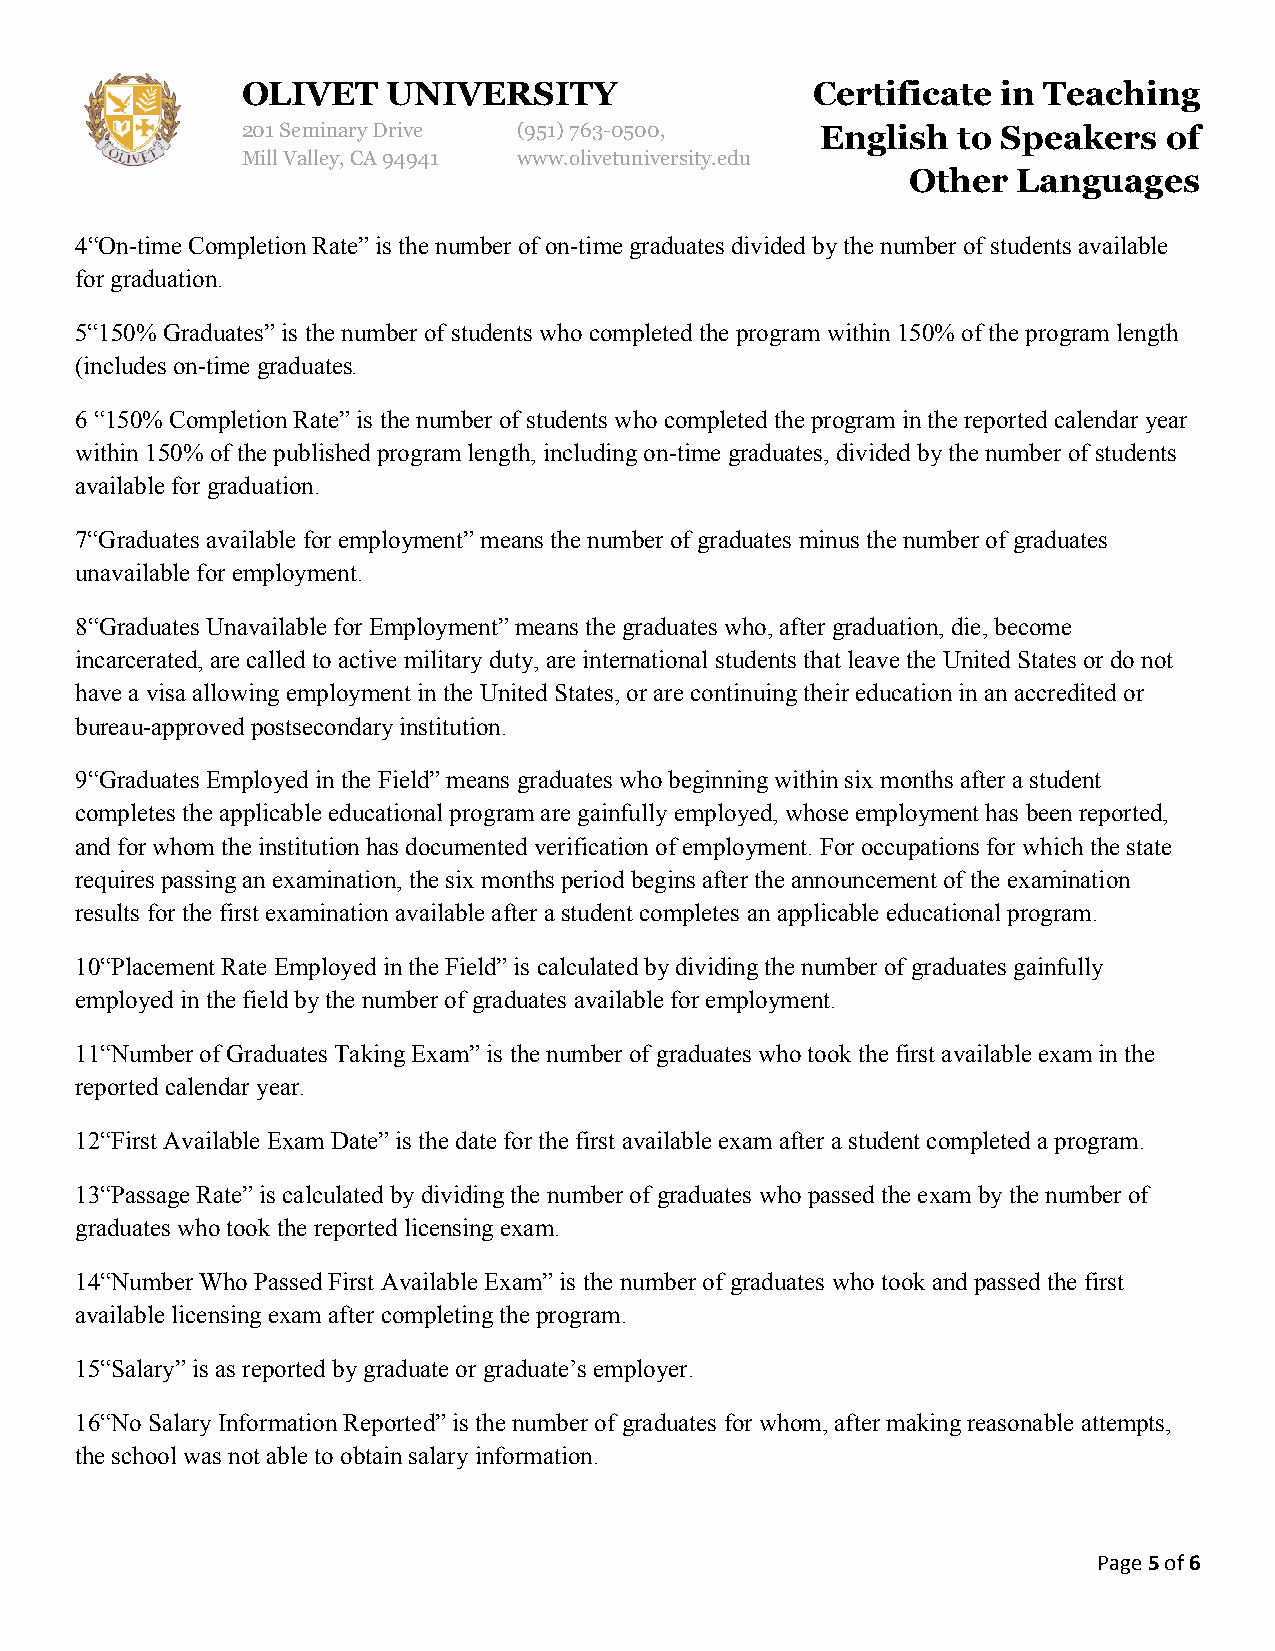
OLIVET    UNIVERSITY                  Certificate in Teaching
 201 Seminary Drive (951)763-0500,     English  to Speakers   of
 Mill Valley, CA 94941 www.olivetuniversity.edu
 Other  Languages
 4“On-time Completion Rate” is the number of on-time graduates divided by the number of students available
 for graduation.
 5“150% Graduates” is the number of students who completed the program within 150% of the program length
 (includes on-time graduates.
 6 “150% Completion Rate” is the number of students who completed the program in the reported calendar year
 within 150% of the published program length, including on-time graduates, divided by the number of students
 available for graduation.
 7“Graduates available for employment” means the number of graduates minus the number of graduates
 unavailable for employment.
 8“Graduates Unavailable for Employment” means the graduates who, after graduation, die, become
 incarcerated, are called to active military duty, are international students that leave the United States or do not
 have a visa allowing employment in the United States, or are continuing their education in an accredited or
 bureau-approved postsecondary institution.
 9“Graduates Employed in the Field” means graduates who beginning within six months after a student
 completes the applicable educational program are gainfully employed, whose employment has been reported,
 and for whom the institution has documented verification of employment. For occupations for which the state
 requires passing an examination, the six months period begins after the announcement of the examination
 results for the first examination available after a student completes an applicable educational program.
 10“Placement Rate Employed in the Field” is calculated by dividing the number of graduates gainfully
 employed in the field by the number of graduates available for employment.
 11“Number of Graduates Taking Exam” is the number of graduates who took the first available exam in the
 reported calendar year.
 12“First Available Exam Date” is the date for the first available exam after a student completed a program.
 13“Passage Rate” is calculated by dividing the number of graduates who passed the exam by the number of
 graduates who took the reported licensing exam.
 14“Number Who Passed First Available Exam” is the number of graduates who took and passed the first
 available licensing exam after completing the program.
 15“Salary” is as reported by graduate or graduate’s employer.
 16“No Salary Information Reported” is the number of graduates for whom, after making reasonable attempts,
 the school was not able to obtain salary information.
 Page 5 of 6